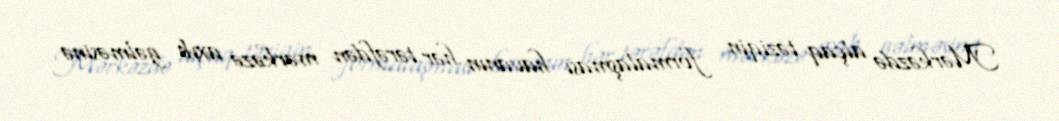
Mərkəzdə alçaq təziqin formalaşması havanın hər tərəfdən mərkəzə axıb gəlməsinə